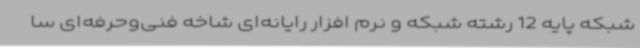
شبکه پایه 12 رشته شبکه و نرم افزار رایانه‌ای شاخه فنی‌وحرفه‌ای سا